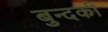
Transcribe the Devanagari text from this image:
बुन्दकी